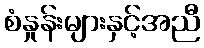
စံနှုန်းများနှင့်အညီ